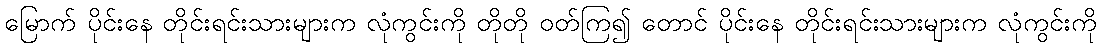
မြောက် ပိုင်းနေ တိုင်းရင်းသားများက လုံကွင်းကို တိုတို ဝတ်ကြ၍ တောင် ပိုင်းနေ တိုင်းရင်းသားများက လုံကွင်းကို